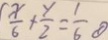
\frac { x } { 6 } + \frac { y } { 2 } = \frac { 1 } { 6 } \textcircled { 1 }